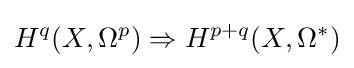
H^{q}(X,\Omega ^{p})\Rightarrow H^{p+q}(X,\Omega ^{*})